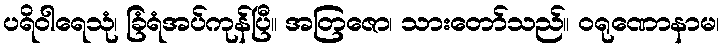
ပရိဝါရေသုံ၊ ခြံရံအပ်ကုန်ပြီ။ အတြဇော၊ သားတော်သည်။ ဝရုဏောနာမ၊